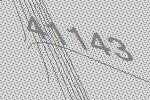
41143